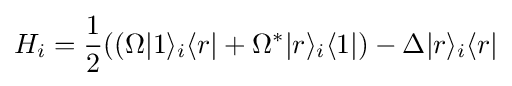
H_{i}={\frac {1}{2}}((\Omega |1\rangle _{i}\langle r|+\Omega ^{*}|r\rangle _{i}\langle 1|)-\Delta |r\rangle _{i}\langle r|